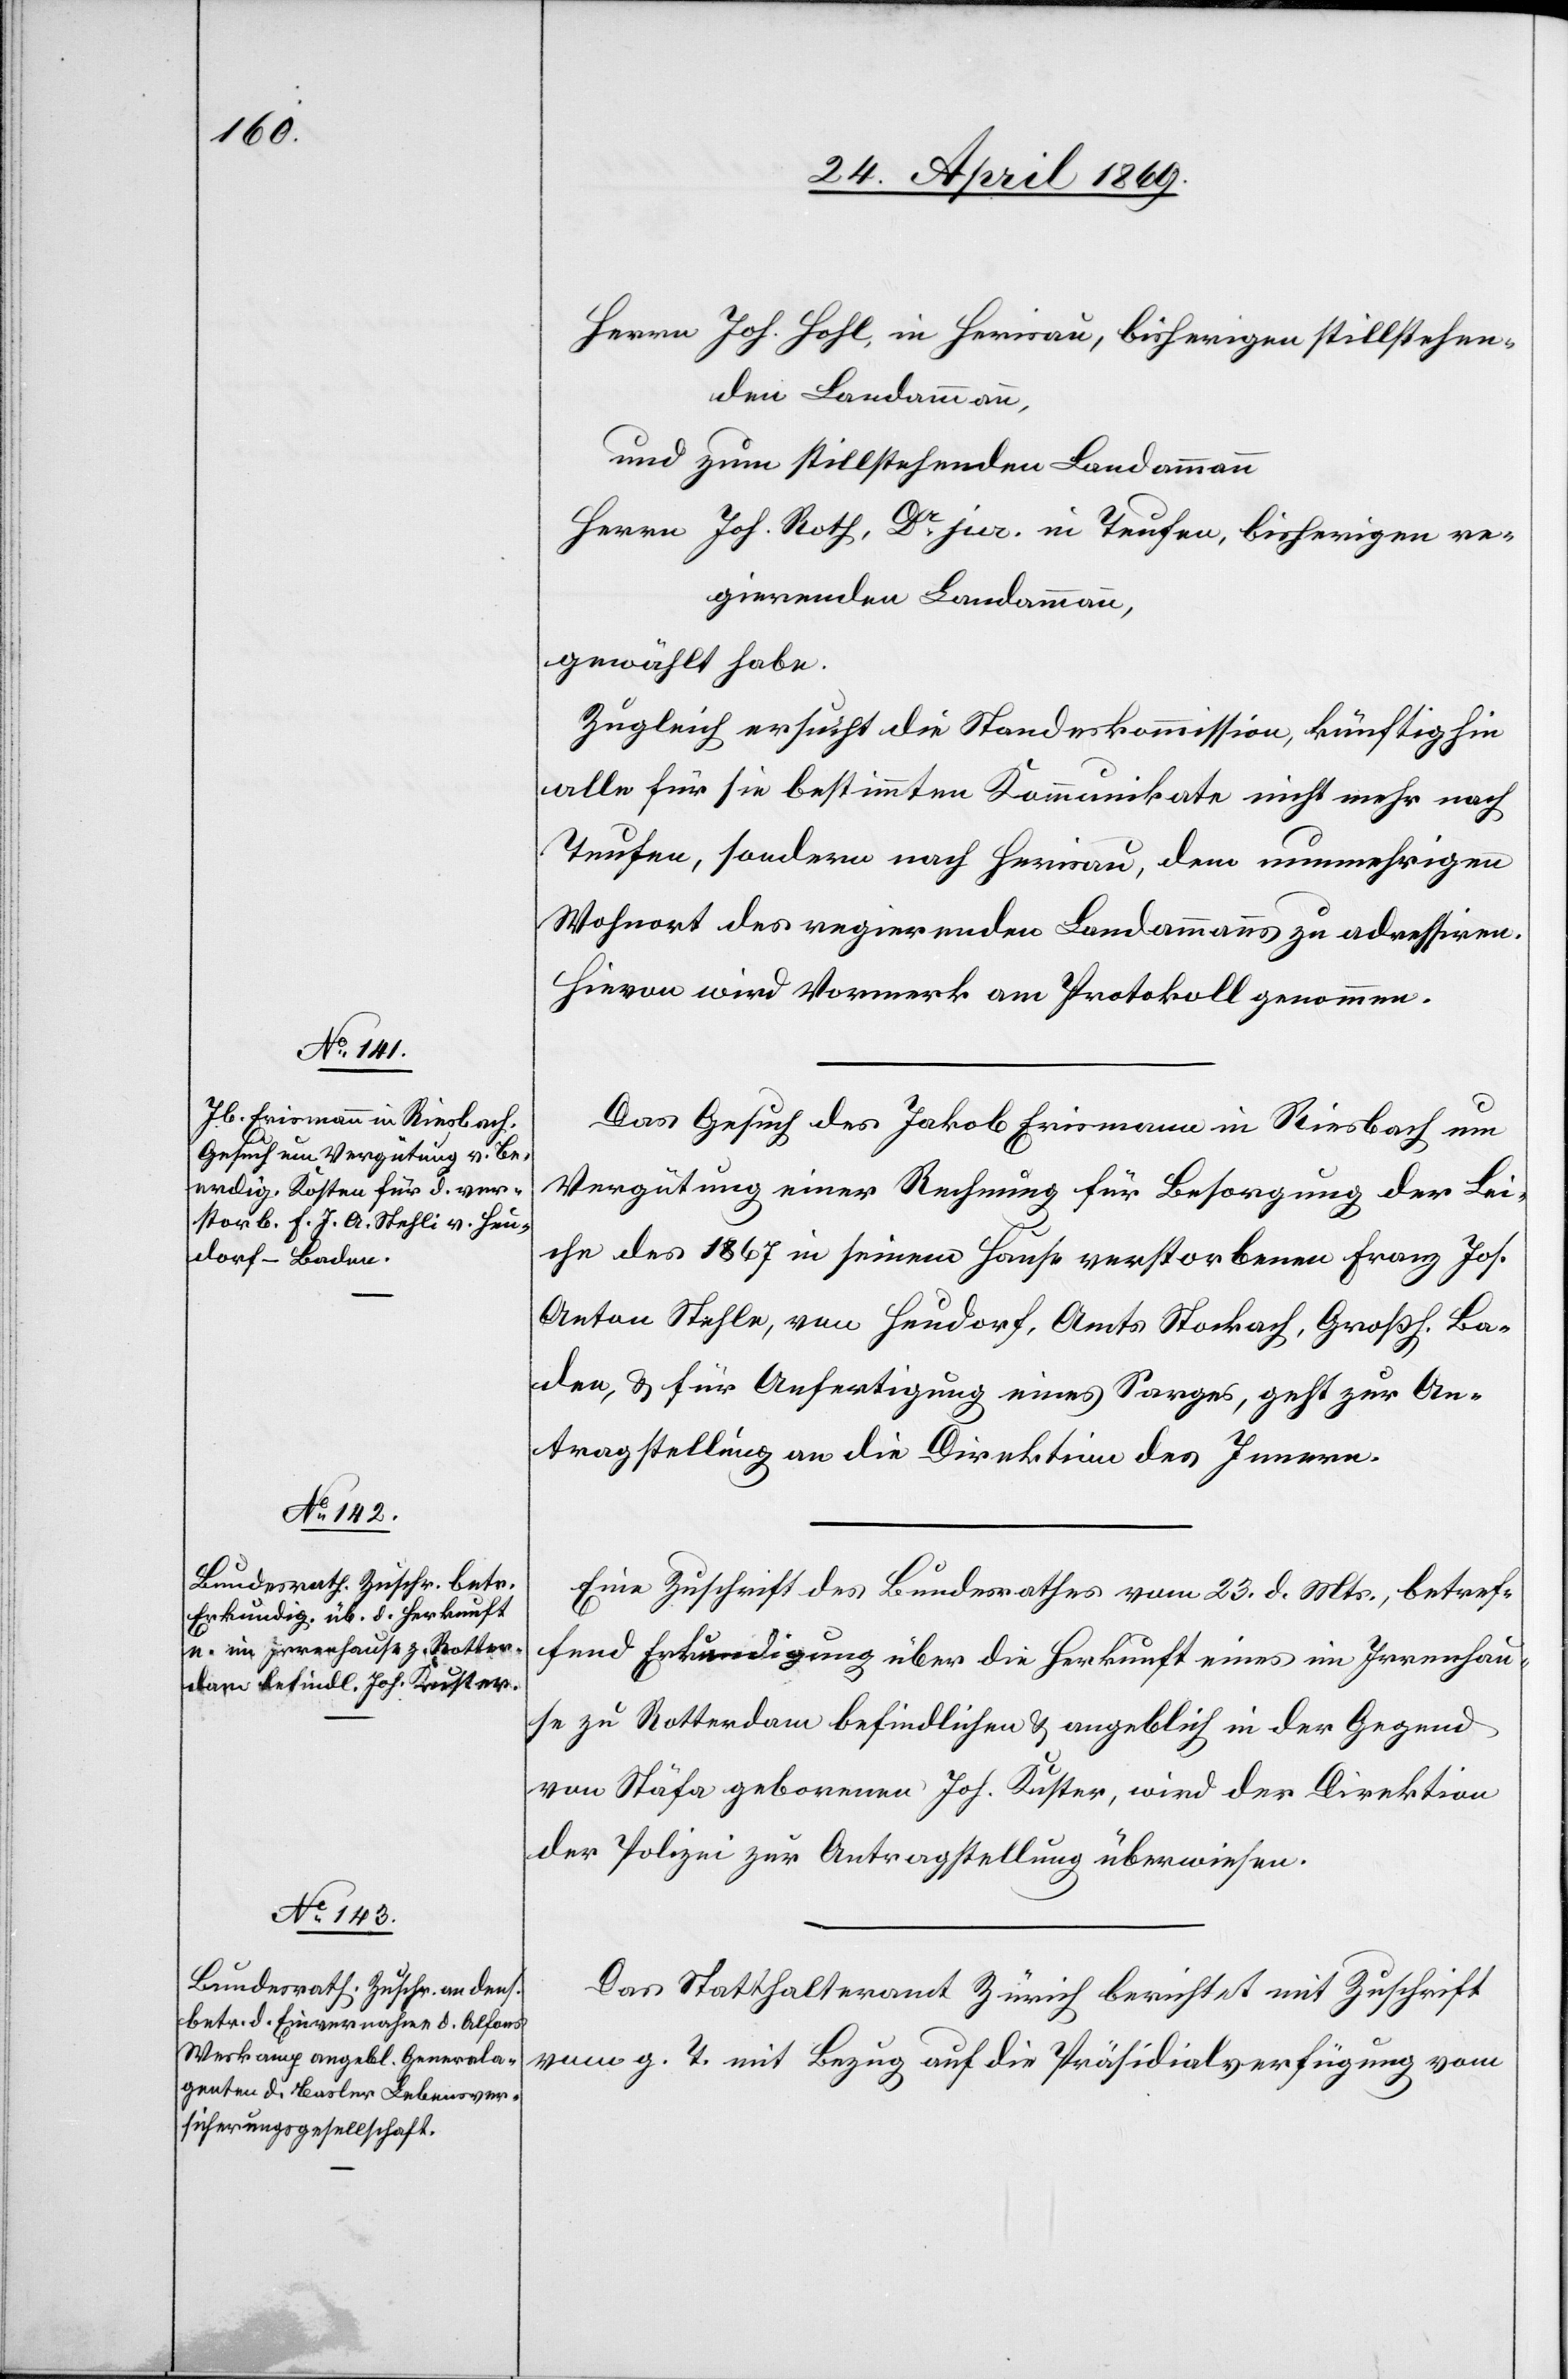
27. April 1869.]
Herrn Joh. Hohl, in Herisau, bisherigen stillstehen¬
den Landammann,
und zum stillstehenden Landammann
Herrn Joh. Roth, Dr Jur. in Teufen, bisherigen re¬
gierenden Landammann,
gewählt habe.
Zugleich ersucht die Standeskommission, künftighin
alle für sie bestimmten Kommunikate nicht mehr nach
Teufen, sondern nach Herisau, dem nunmehrigen
Wohnort des regierenden Landammanns zu adressiren.
Hievon wird Vormerk am Protokoll genommen.
Das Gesuch des Jakob Erismann in Riesbach um
Vergütung einer Rechnung für Besorgung der Lei¬
che des 1867 in seinem Hause verstorbenen Franz Jos.
Anton Stehle [sic!], von Heudorf, Amts Stockach, Großh. Ba¬
den, u. für Ausfertigung eines Sarges, geht zur An¬
tragstellung an die Direktion des Innern.
Eine Zuschrift des Bundesrathes vom 23. d. Mts., betref¬
fend Erkundigung über die Herkunft eines im Irrenhau¬
se zu Rotterdam befindlichen u. angeblich in der Gegend
von Stäfa geborenen Jos. Kuster, wird der Direktion
der Polizei zur Antragstellung überwiesen.
Das Statthalteramt Zürich berichtet mit Zuschrift
vom g. T. mit Bezug auf die Präsidialverfügung vom